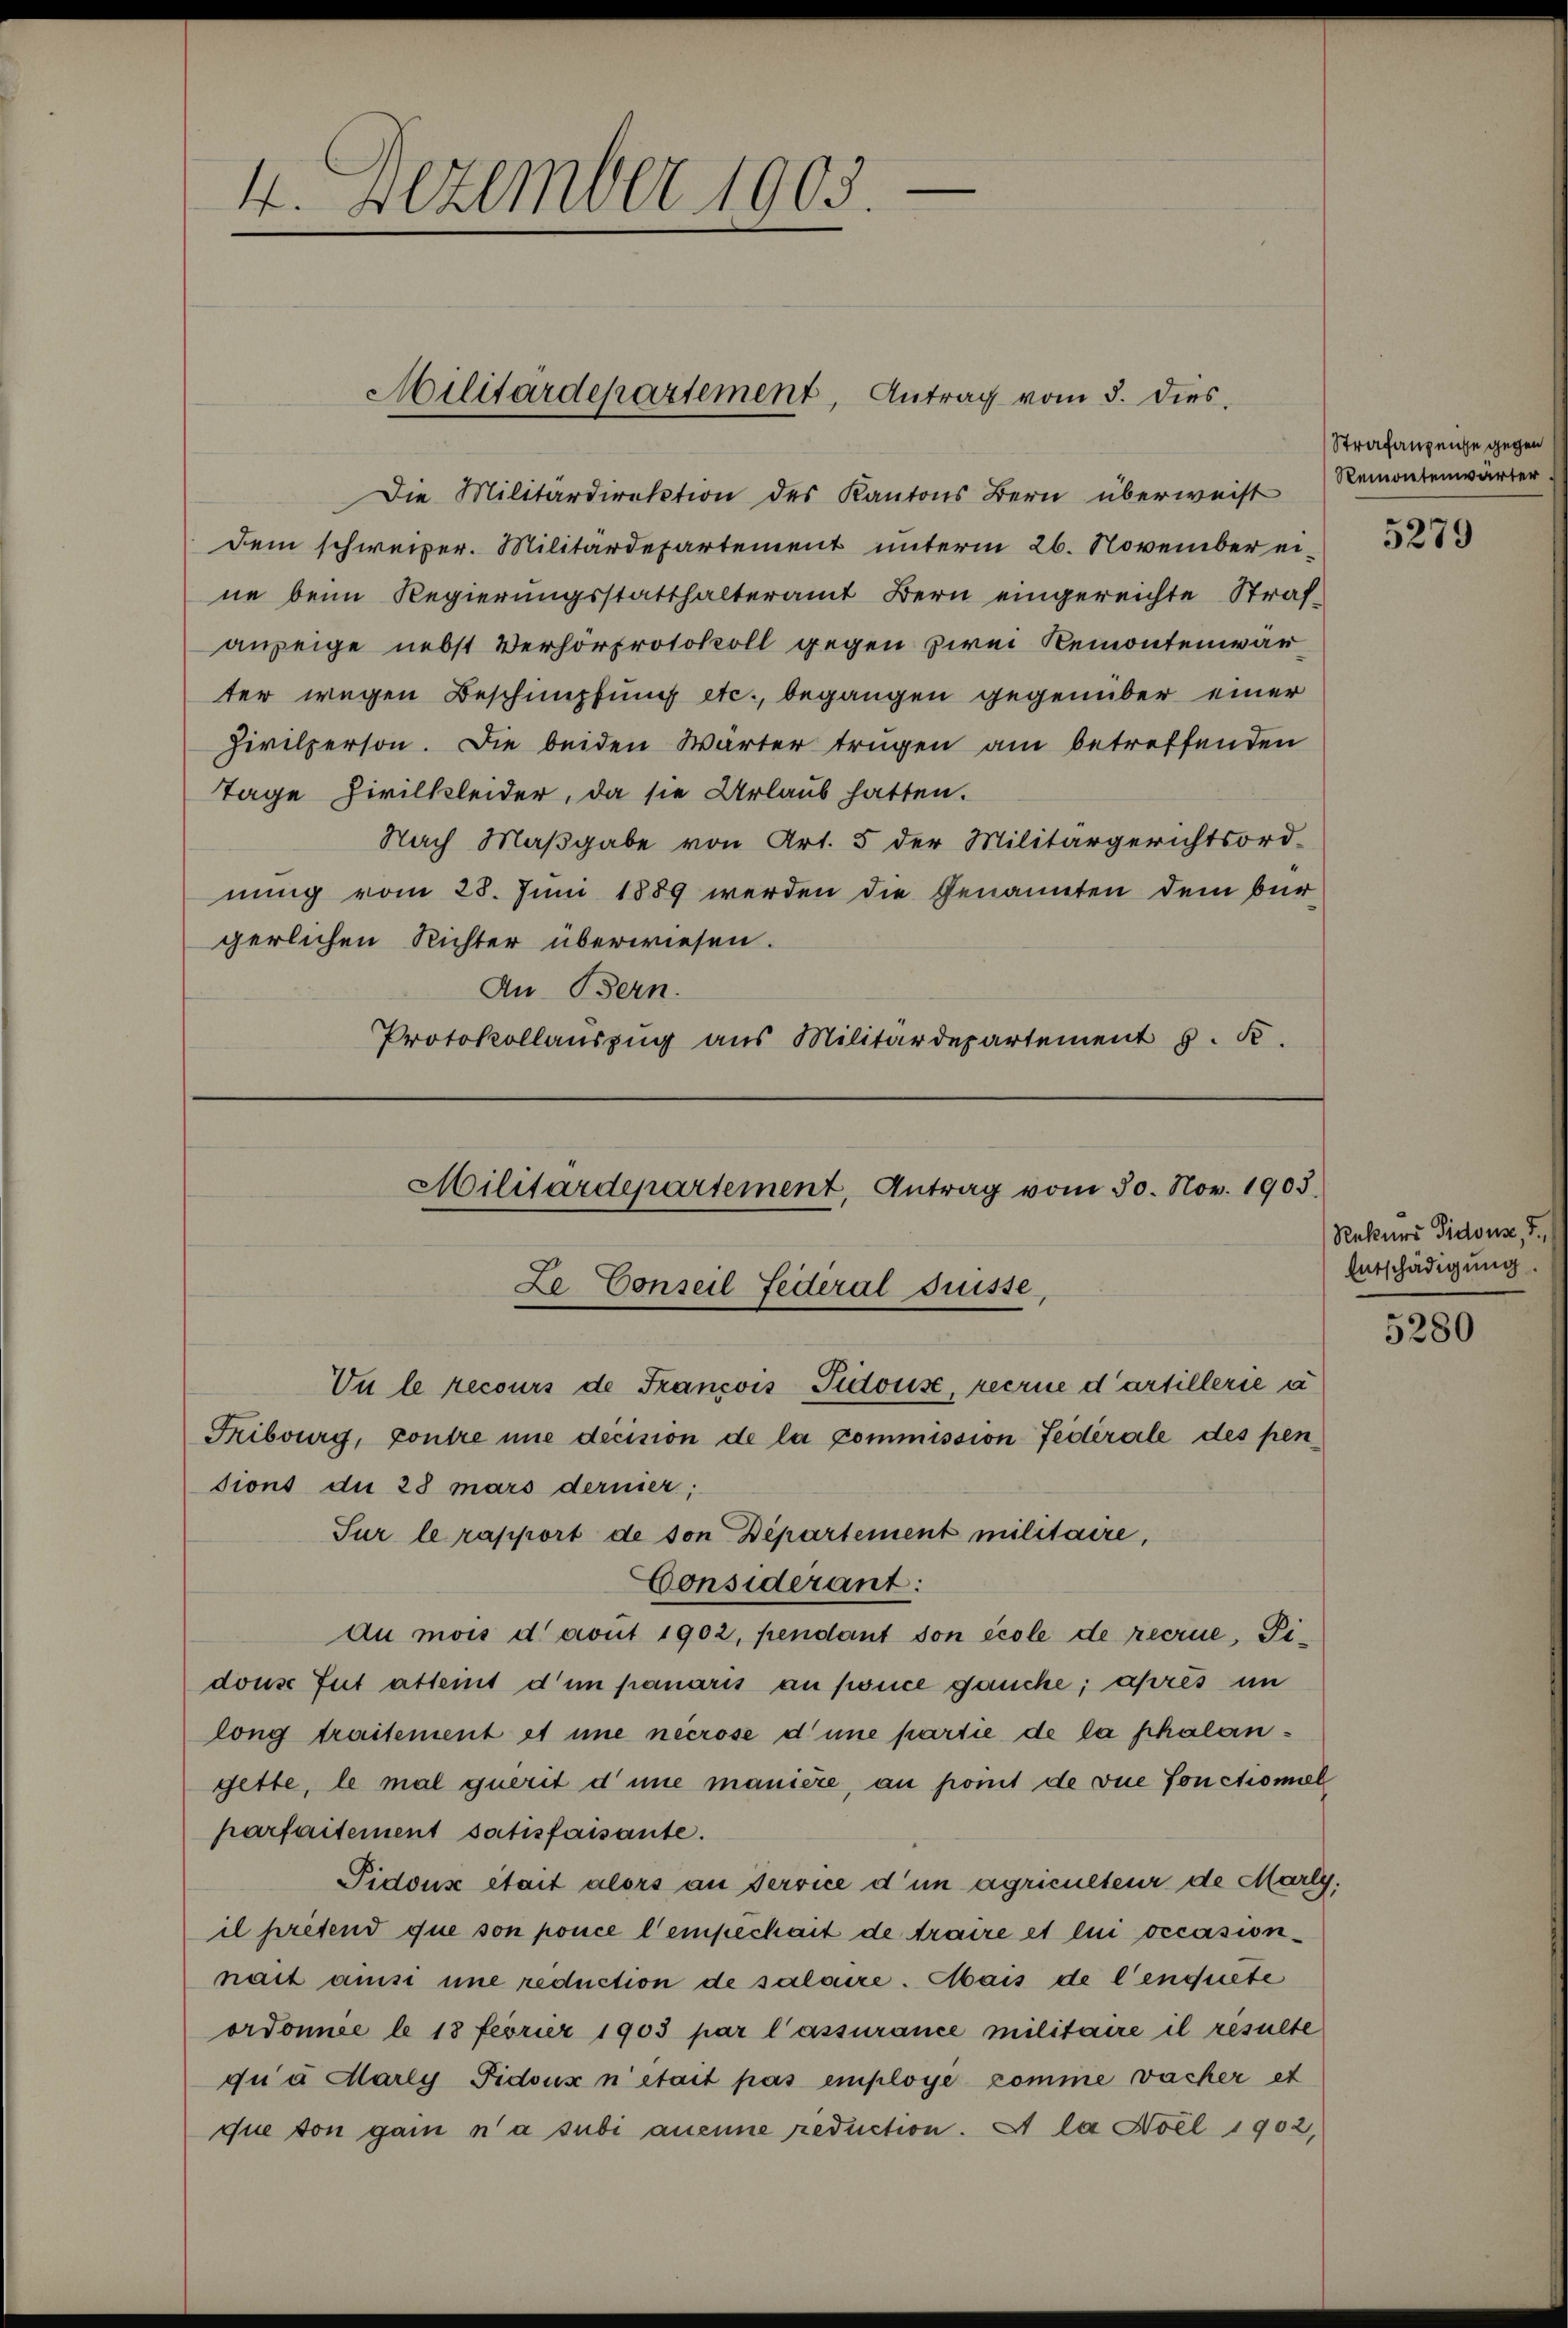
4. Dezember 1903.

Die Militärdirektion des Kantons Bern überweist
dem schweizer. Militärdepartement unterm 26. November eine beim Regierungsstatthalteramt Bern eingereichte Strafanzeige nebst Verhörprotokoll gegen zwei Remontenwarter wegen Beschimpfung etc., begangen gegenüber einer
Zivilperson. Die beiden Wärter trugen am betreffenden
Tage Zivilkleider, da sie Urlaub hatten.
Nach Maßgabe von Art. 5 der Militärgerichtsord-
nung vom 28. Juni 1889 werden die Genannten dem bur-
gerlichen Richter überwiesen.
An Bern.
Protokollauszug aus Militärdepartement J. K.

Militärdepartement, Antrag vom 5. dies

Militärdepartement, Antrag vom 30. Nov. 1903
Ze Conseil Federal Suisse,

Vu le recours de Francois Pidouse, reerne dartillerie a
Fribourg, contre nie decision de la commission Federale des pen

sions du 28 mars dernier;
Sur le rapport de son Departement militaire,
Considerant:
Au mois d avut 1902, pendant son école de recrue, Tidouse tut atteint d’un panaris an Konce ganche; après im
long traitement et une necrose d’une partie de la phalangette, le mal querit d’une manière, an pomit de vue fonctioniel
parfaitement satisfaisante.
Pidons était alors an Service d’un agriculteur de Marly.
il presend que son pouce l’empechait de traire et lui occasionnait aus une reduction de salaire. Mais de l’enquete
ordonnée le 18 feorier 1903 par l’assurance militaire il resulte
gi u Marly Pidoux n’était pas employe komme vacher et
que von ganz na subi aneine reduction. Et la Hoel 1902,

Strafanzenge gegen
Remontenwärter

5279

Rekurs Pidouse, I.,
Entschädigung.

5280